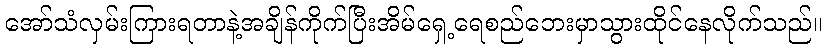
အော်သံလှမ်းကြားရတာနဲ့အချိန်ကိုက်ပြီးအိမ်ရှေ့ရေစည်ဘေးမှာသွားထိုင်နေလိုက်သည်။